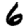
Digit: 6